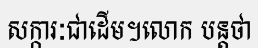
សក្ការៈជាដើម។លោក បន្តថា